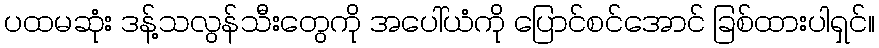
ပထမဆုံး ဒန့်သလွန်သီးတွေကို အပေါ်ယံကို ပြောင်စင်အောင် ခြစ်ထားပါရှင်။